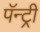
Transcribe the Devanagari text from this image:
पॅन्ट्री